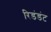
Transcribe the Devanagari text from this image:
रिडंडंट